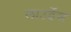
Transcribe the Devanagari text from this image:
लाउर्डेस